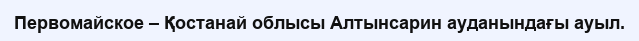
Первомайское – Қостанай облысы Алтынсарин ауданындағы ауыл.